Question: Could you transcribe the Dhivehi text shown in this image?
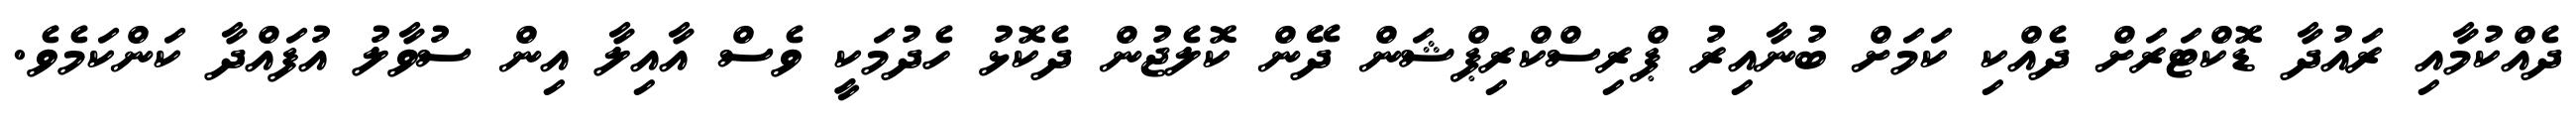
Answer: ދެއްކުމާއި ރައުދާ ޑޮކްޓަރަށް ދެއްކި ކަމަށް ބުނާއިރު ޕްރިސްކްރިޕްޝަން ދޭން ކޮލެޖުން ދެކޮޅު ހެދުމަކީ ވެސް އާއިލާ އިން ސުވާލު އުފައްދާ ކަންކަމެވެ.